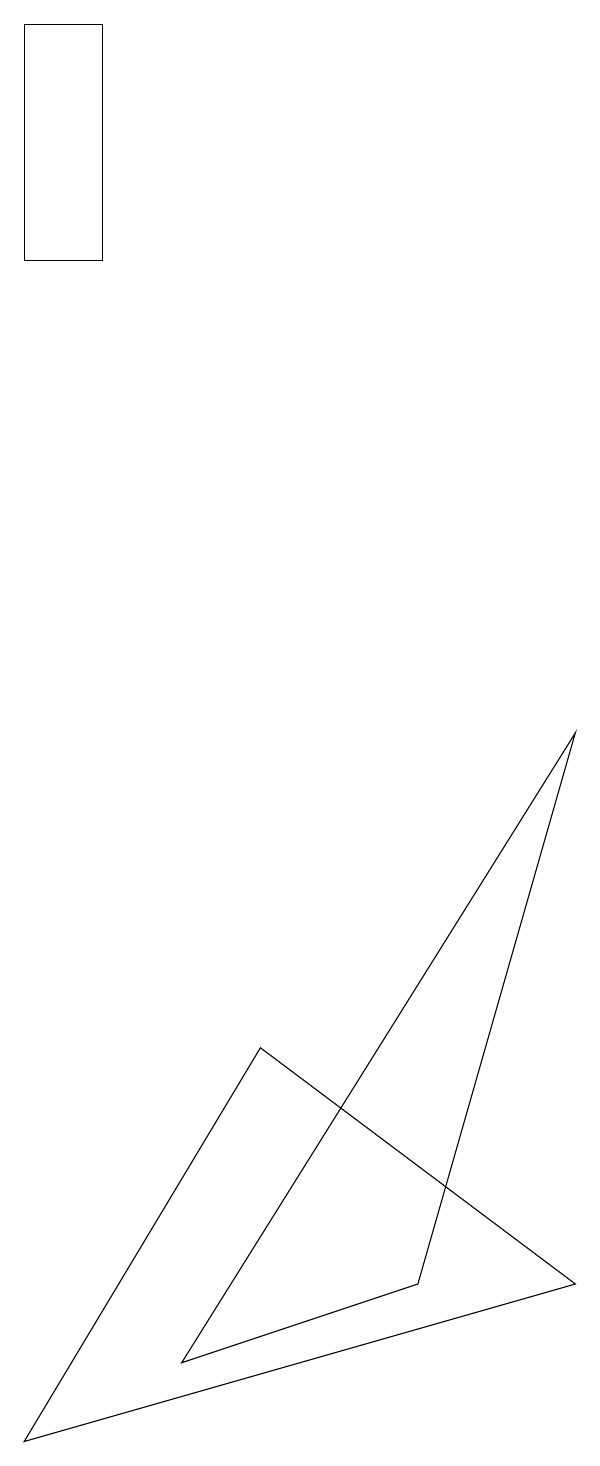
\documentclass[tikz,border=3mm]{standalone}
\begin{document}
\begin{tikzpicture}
\draw (9,2) -- (5,5) -- (2,0) -- cycle;
\draw (2,18) rectangle (3,15);
\draw (4,1) -- (7,2) -- (9,9) -- cycle;
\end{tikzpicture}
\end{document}